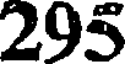
295